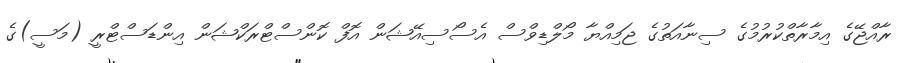
ރާއްޖޭގެ އިމާރާތްކުރުމުގެ ސިނާއަތުގެ ޖަމިއްޔާ މޯލްޑިވްސް އެސޯސިއޭޝަން އޮފް ކޮންސްޓްރަކްޝަން އިންޑަސްޓްރީ (މަސީ)ގެ